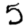
Digit: 5